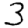
Digit: 3